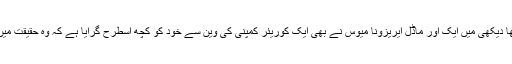
ان کی دیکھا دیکھی میں ایک اور ماڈل ایریزونا میوس نے بھی ایک کوریئر کمپنی کی وین سے خود کو کچھ اسطرح گرایا ہے کہ وہ حقیقت میں گری ہیں۔